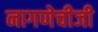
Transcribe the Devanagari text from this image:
नागणेचीजी